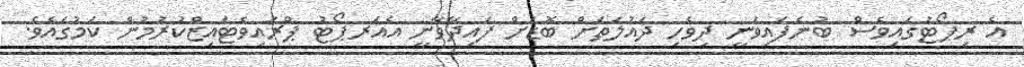
އެ ރިޕޯޓުގައިވެސް ބުނެފައިވަނީ ދިވެހި ދައުލަތަށް ބޮޑަށް ފައިދާވާނީ އެއަރޕޯޓު ޕްރައިވެޓައިޒްކުރުމުން ކަމުގައެވެ.